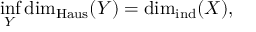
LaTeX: \operatorname* { i n f } _ { Y } \dim _ { \operatorname { H a u s } } ( Y ) = \dim _ { \operatorname { i n d } } ( X ) ,